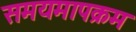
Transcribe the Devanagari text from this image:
समयमापक्रम